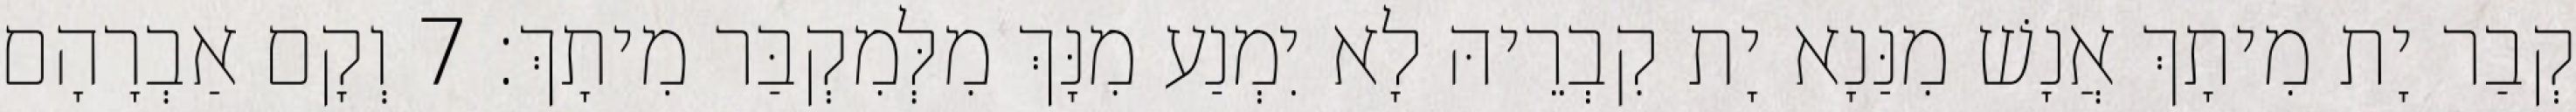
קְבַר יָת מִיתָךְ אֲנָשׁ מִנַּנָא יָת קִבְרֵיהּ לָא יִמְנַע מִנָּךְ מִלְּמִקְבַּר מִיתָךְ׃ 7 וְקָם אַבְרָהָם